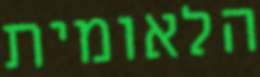
הלאומית